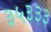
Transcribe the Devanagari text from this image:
३५३३३